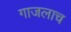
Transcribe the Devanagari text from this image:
गाजलाच